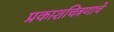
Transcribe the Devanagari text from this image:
प्रकाशचित्रणाचे